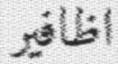
اظافير